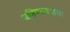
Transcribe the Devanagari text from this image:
बहिणाबाईचा